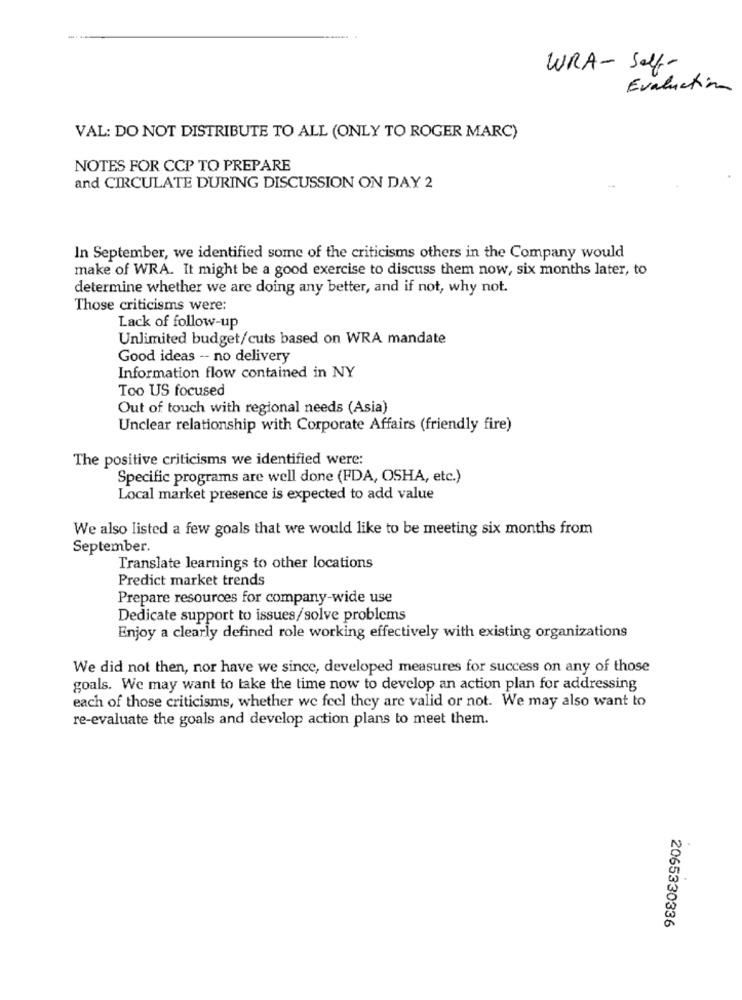
WRA- Self-
Evaluation
VAL: DO NOT DISTRIBUTE TO ALL (ONLY TO ROGER MARC)
NOTES FOR CCP TO PREPARE
and CIRCULATE DURING DISCUSSION ON DAY 2
In September, we identified some of the criticisms others in the Company would
make of WRA. It might be a good exercise to discuss them now, six months later, to
determine whether we are doing any better, and if not, why not.
Those criticisms were:
Lack of follow-up
Unlimited budget/cuts based on WRA mandate
Good ideas -- no delivery
Information flow contained in NY
Too US focused
Out of touch with regional needs (Asia)
Unclear relationship with Corporate Affairs (friendly fire)
The positive criticisms we identified were:
Specific programs are well done (FDA, OSHA, etc.)
Local market presence is expected to add value
We also listed a few goals that we would like to be meeting six months from
September.
Translate learnings to other locations
Predict market trends
Prepare resources for company-wide use
Dedicate support to issues/solve problems
Enjoy a clearly defined role working effectively with existing organizations
We did not then, nor have we since, developed measures for success on any of those
goals. We may want to take the time now to develop an action plan for addressing
each of those criticisms, whether we feel they are valid or not. We may also want to
re-evaluate the goals and develop action plans to meet them.
2065330336